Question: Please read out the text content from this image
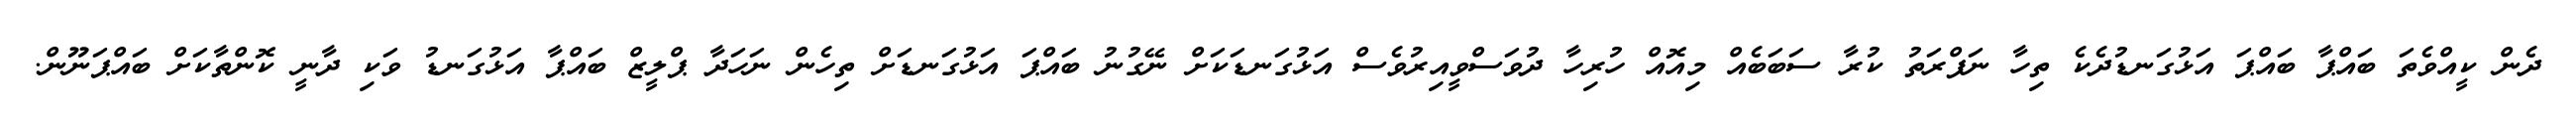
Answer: ދެން ކީއްވެތަ ބައްޕާ ބައްޕަ އަޅުގަނޑުދެކެ ތިހާ ނަފްރަތު ކުރާ ސަބަބެއް މިއޮއް ހުރިހާ ދުވަސްވީއިރުވެސް އަޅުގަނޑަކަށް ނޭގުނު ބައްޕަ އަޅުގަނޑަށް ތިހެން ނަހަދާ ޕްލީޒް ބައްޕާ އަޅުގަނޑު ވަކި ދާނީ ކޮންތާކަށް ބައްޕަނޫން.